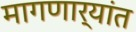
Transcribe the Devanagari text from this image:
मागणार्‍यांत